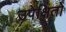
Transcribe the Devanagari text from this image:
उपेक्षितों